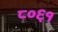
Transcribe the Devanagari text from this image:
८०६१